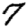
Digit: 7